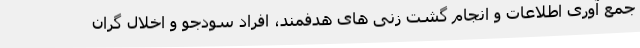
جمع آوری اطلاعات و انجام گشت زنی های هدفمند، افراد سودجو و اخلال گران